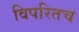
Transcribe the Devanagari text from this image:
विपरितच